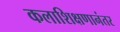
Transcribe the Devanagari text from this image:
कलाशिक्षणानंतर